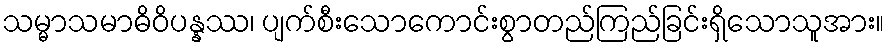
သမ္မာသမာဓိဝိပန္နဿ၊ ပျက်စီးသောကောင်းစွာတည်ကြည်ခြင်းရှိသောသူအား။